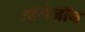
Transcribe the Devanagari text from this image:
आमेजॉन